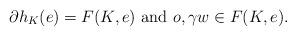
LaTeX: \begin{align*}\partial h_K(e)=F(K,e) \mbox{ and } o,\gamma w\in F(K,e).\end{align*}